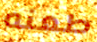
طعنه